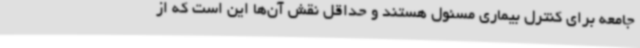
جامعه برای کنترل بیماری مسئول هستند و حداقل نقش آن‌ها این است که از